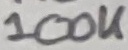
Text: 100K